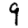
Digit: 9